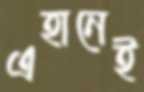
এহানেই